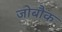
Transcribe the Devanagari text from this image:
जोबौक